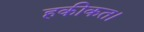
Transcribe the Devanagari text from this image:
हकीकत।